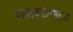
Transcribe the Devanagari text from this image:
याबाबतीतसुद्‌धा